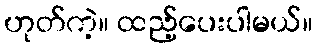
ဟုတ်ကဲ့။ ထည့်ပေးပါမယ်။